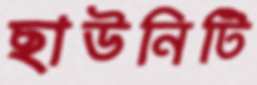
ছাউনিটি